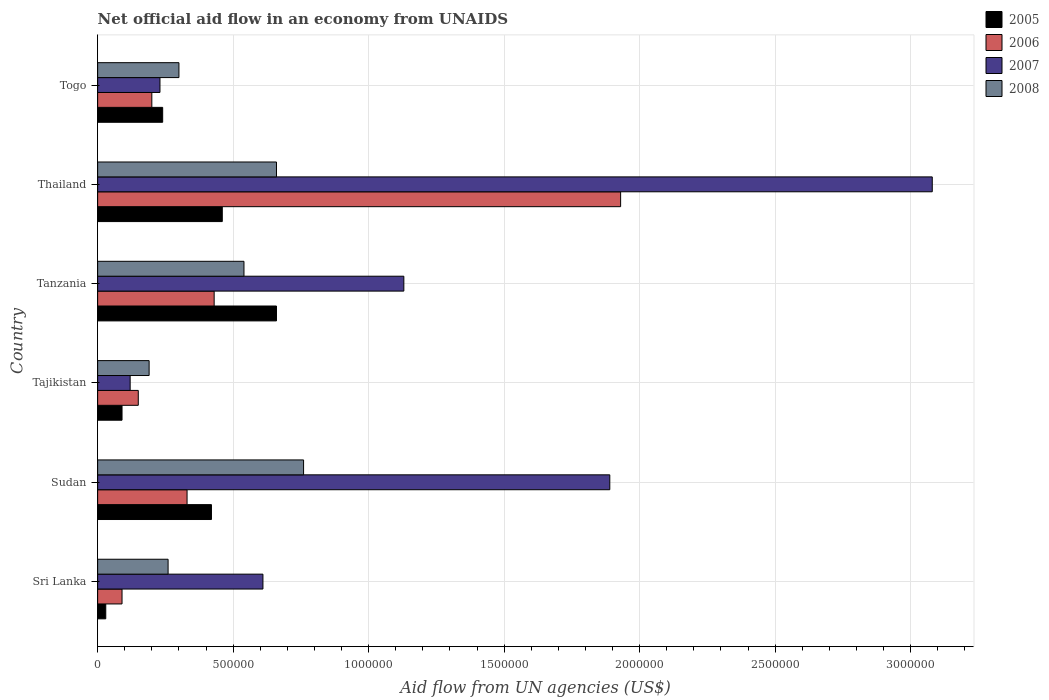
| Country | 2005 | 2006 | 2007 | 2008 |
 | --- | --- | --- | --- | --- |
 | Sri Lanka | 3e+04 | 9e+04 | 6.1e+05 | 2.6e+05 |
 | Sudan | 4.2e+05 | 3.3e+05 | 1.89e+06 | 7.6e+05 |
 | Tajikistan | 9e+04 | 1.5e+05 | 1.2e+05 | 1.9e+05 |
 | Tanzania | 6.6e+05 | 4.3e+05 | 1.13e+06 | 5.4e+05 |
 | Thailand | 4.6e+05 | 1.93e+06 | 3.08e+06 | 6.6e+05 |
 | Togo | 2.4e+05 | 2e+05 | 2.3e+05 | 3e+05 |